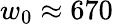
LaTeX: w_{0}\approx 670